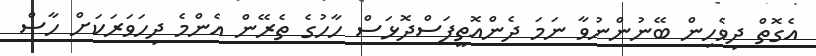
އެގޮތް ދިވެހިން ބޭނުންނުވާ ނަމަ ދެންއޮތީފަސްދޮޅަސް ހާހުގެ ތެރޭން އެންމެ ދިހަވަރަކަށް ހާސް